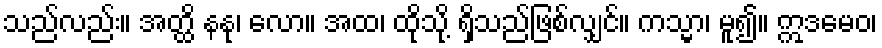
သည်လည်း။ အတ္ထိ နနု၊ လော။ အထ၊ ထိုသို့ ရှိသည်ဖြစ်လျှင်။ ကသ္မာ၊ မူ၍။ ဣဒမေဝ၊